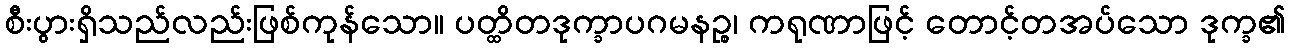
စီးပွားရှိသည်လည်းဖြစ်ကုန်သော။ ပတ္ထိတဒုက္ခာပဂမနဉ္စ၊ ကရုဏာဖြင့် တောင့်တအပ်သော ဒုက္ခ၏